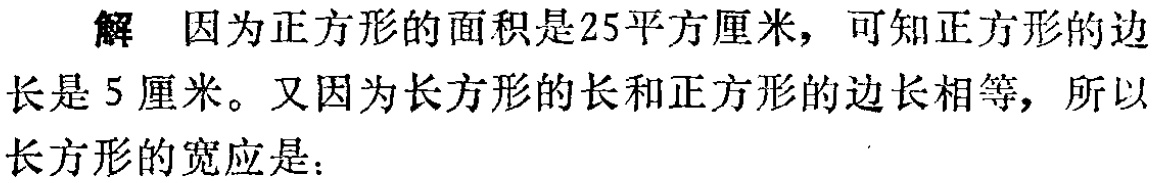
解 因为正方形的面积是25平方厘米，可知正方形的边长是5厘米。又因为长方形的长和正方形的边长相等，所以长是5厘米。又因为长方形的长和正方形的边长相等，所以长方形的宽应是：